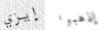
إيزي إذهبوا